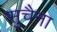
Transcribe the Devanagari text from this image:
सुचैना